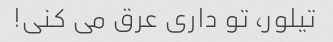
تیلور، تو داری عرق می کنی!